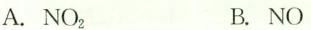
A. NO_{2} B. NO